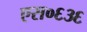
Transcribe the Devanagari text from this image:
एस०६३६